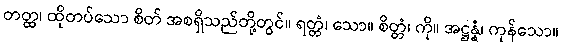
တတ္ထ၊ ထိုတပ်သော စိတ် အစရှိသည်တို့တွင်။ ရတ္တံ၊ သော။ စိတ္တံ၊ ကို။ အဋ္ဌန္နံ၊ ကုန်သော။